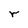
Character: r